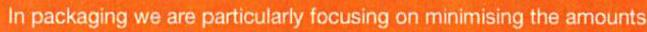
In packaging we are particularly focusing on minimising the amounts